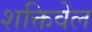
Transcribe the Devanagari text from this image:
शक्तिवेल